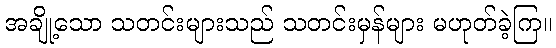
အချို့သော သတင်းများသည် သတင်းမှန်များ မဟုတ်ခဲ့ကြ။